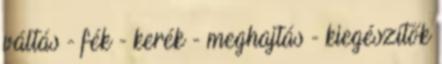
váltás - fék - kerék - meghajtás - kiegészítők